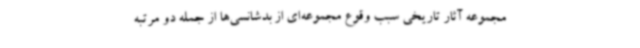
مجموعه آثار تاریخی سبب وقوع مجموعه‌ای از بدشانسی‌ها از جمله دو مرتبه